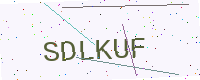
Text: SDLKUF